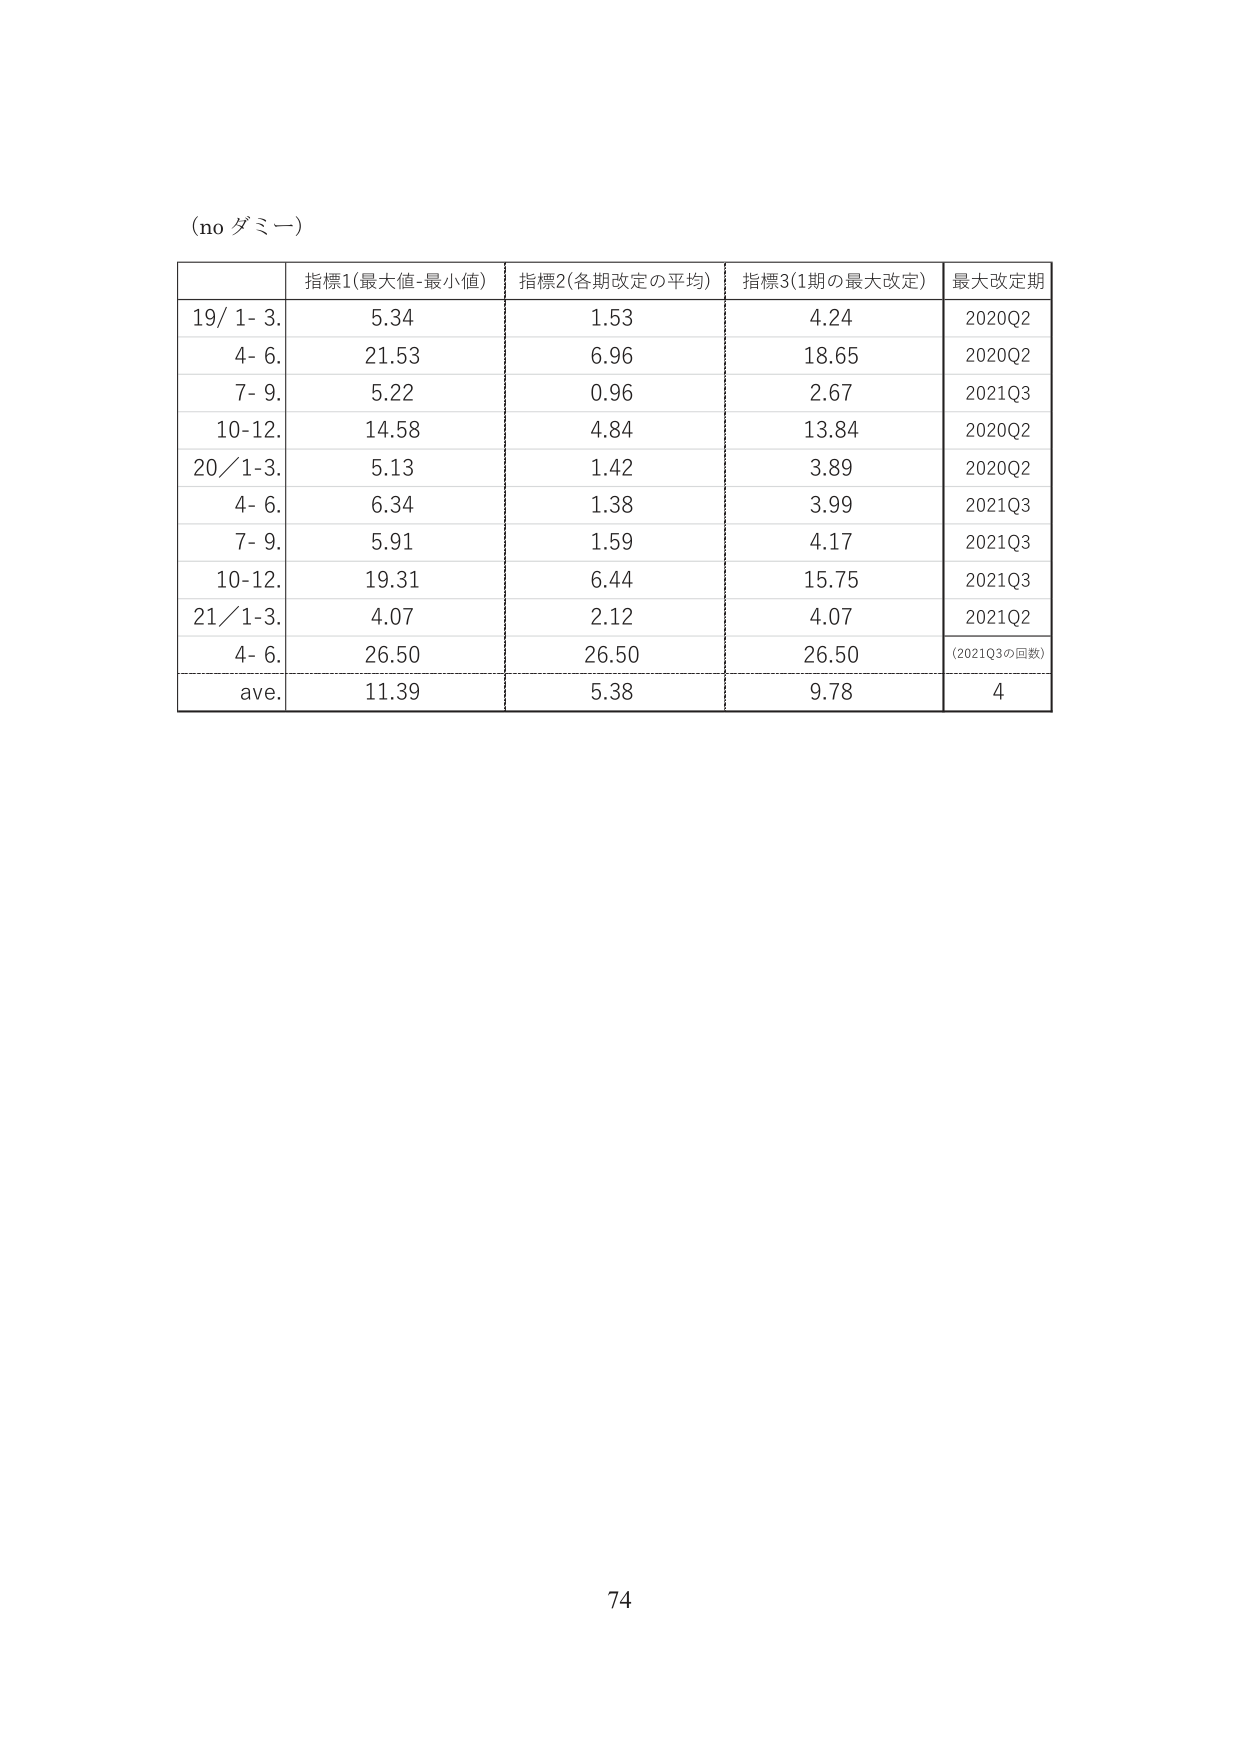
(no ダミー)

指標1(最大値-最小値) 指標2(各期改定の平均) 指標3(1期の最大改定) 最大改定期
19/ 1- 3. 5.34 1.53 4.24 2020Q2
4- 6. 21.53 6.96 18.65 2020Q2
7- 9. 5.22 0.96 2.67 2021Q3
10-12. 14.58 4.84 13.84 2020Q2
20/1-3. 5.13 1.42 3.89 2020Q2
4- 6. 6.34 1.38 3.99 2021Q3
7- 9. 5.91 1.59 4.17 2021Q3
10-12. 19.31 6.44 15.75 2021Q3
21/1-3. 4.07 2.12 4.07 2021Q2
4- 6. 26.50 26.50 26.50 (2021Q3の回数)
ave. 11.39 5.38 9.78 4

74